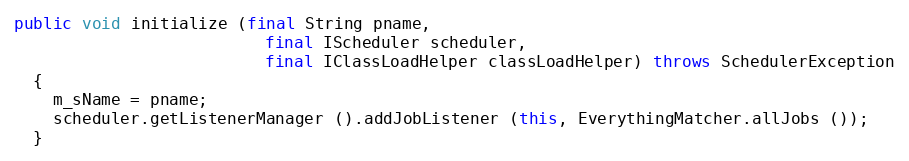
Language: Java
public void initialize (final String pname,
                          final IScheduler scheduler,
                          final IClassLoadHelper classLoadHelper) throws SchedulerException
  {
    m_sName = pname;
    scheduler.getListenerManager ().addJobListener (this, EverythingMatcher.allJobs ());
  }